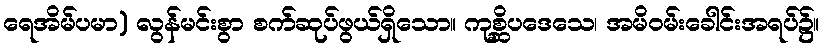
ရေအိမ်ပမာ) လွန်မင်းစွာ စက်ဆုပ်ဖွယ်ရှိသော။ ကုစ္ဆိပဒေသေ၊ အမိဝမ်းခေါင်းအရပ်၌။